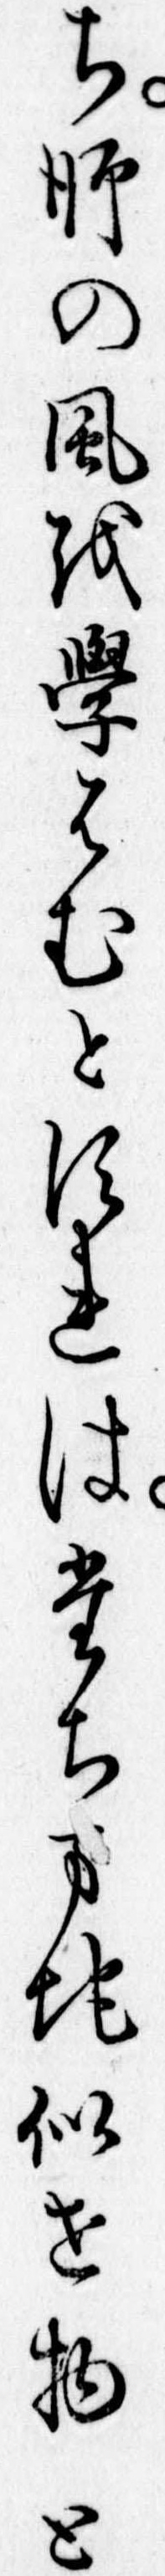
ち師の風を学はむとすれはたちまち似せ物と